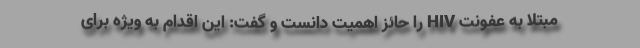
مبتلا به عفونت HIV را حائز اهمیت دانست و گفت: این اقدام به ویژه برای